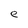
Character: e